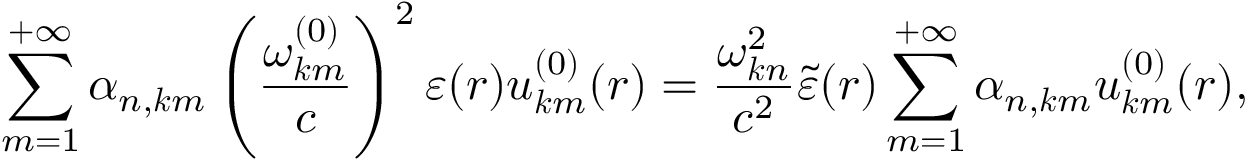
\sum _ { m = 1 } ^ { + \infty } \alpha _ { n , \boldsymbol { k } m } \left( \frac { \omega _ { \boldsymbol { k } m } ^ { ( 0 ) } } { c } \right) ^ { 2 } \varepsilon ( \boldsymbol { r } ) u _ { \boldsymbol { k } m } ^ { ( 0 ) } ( \boldsymbol { r } ) = \frac { \omega _ { \boldsymbol { k } n } ^ { 2 } } { c ^ { 2 } } \tilde { \varepsilon } ( \boldsymbol { r } ) \sum _ { m = 1 } ^ { + \infty } \alpha _ { n , \boldsymbol { k } m } u _ { \boldsymbol { k } m } ^ { ( 0 ) } ( \boldsymbol { r } ) ,